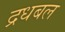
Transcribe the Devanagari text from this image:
द्रधबल